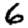
Digit: 6